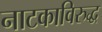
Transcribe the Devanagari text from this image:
नाटकाविरुद्ध